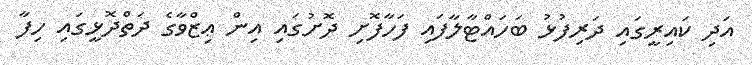
އަދި ކައިރީގައި ދަރިފުޅު ބަހައްޓާލާފައި ފަހާފޮށި ދޮށުގައި އިން ޢިޒްވާގެ ދަތްދޮޅީގައި ހިފާ